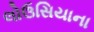
લોઉસિયાના